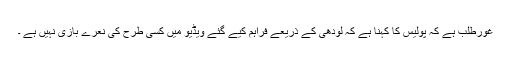
غورطلب ہے کہ پولیس کا کہنا ہے کہ لودھی کے ذریعے فراہم کیے گئے ویڈیو میں کسی طرح کی نعرے بازی نہیں ہے ۔